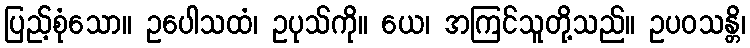
ပြည့်စုံသော။ ဥပေါသထံ၊ ဥပုသ်ကို။ ယေ၊ အကြင်သူတို့သည်။ ဥပဝသန္တိ၊